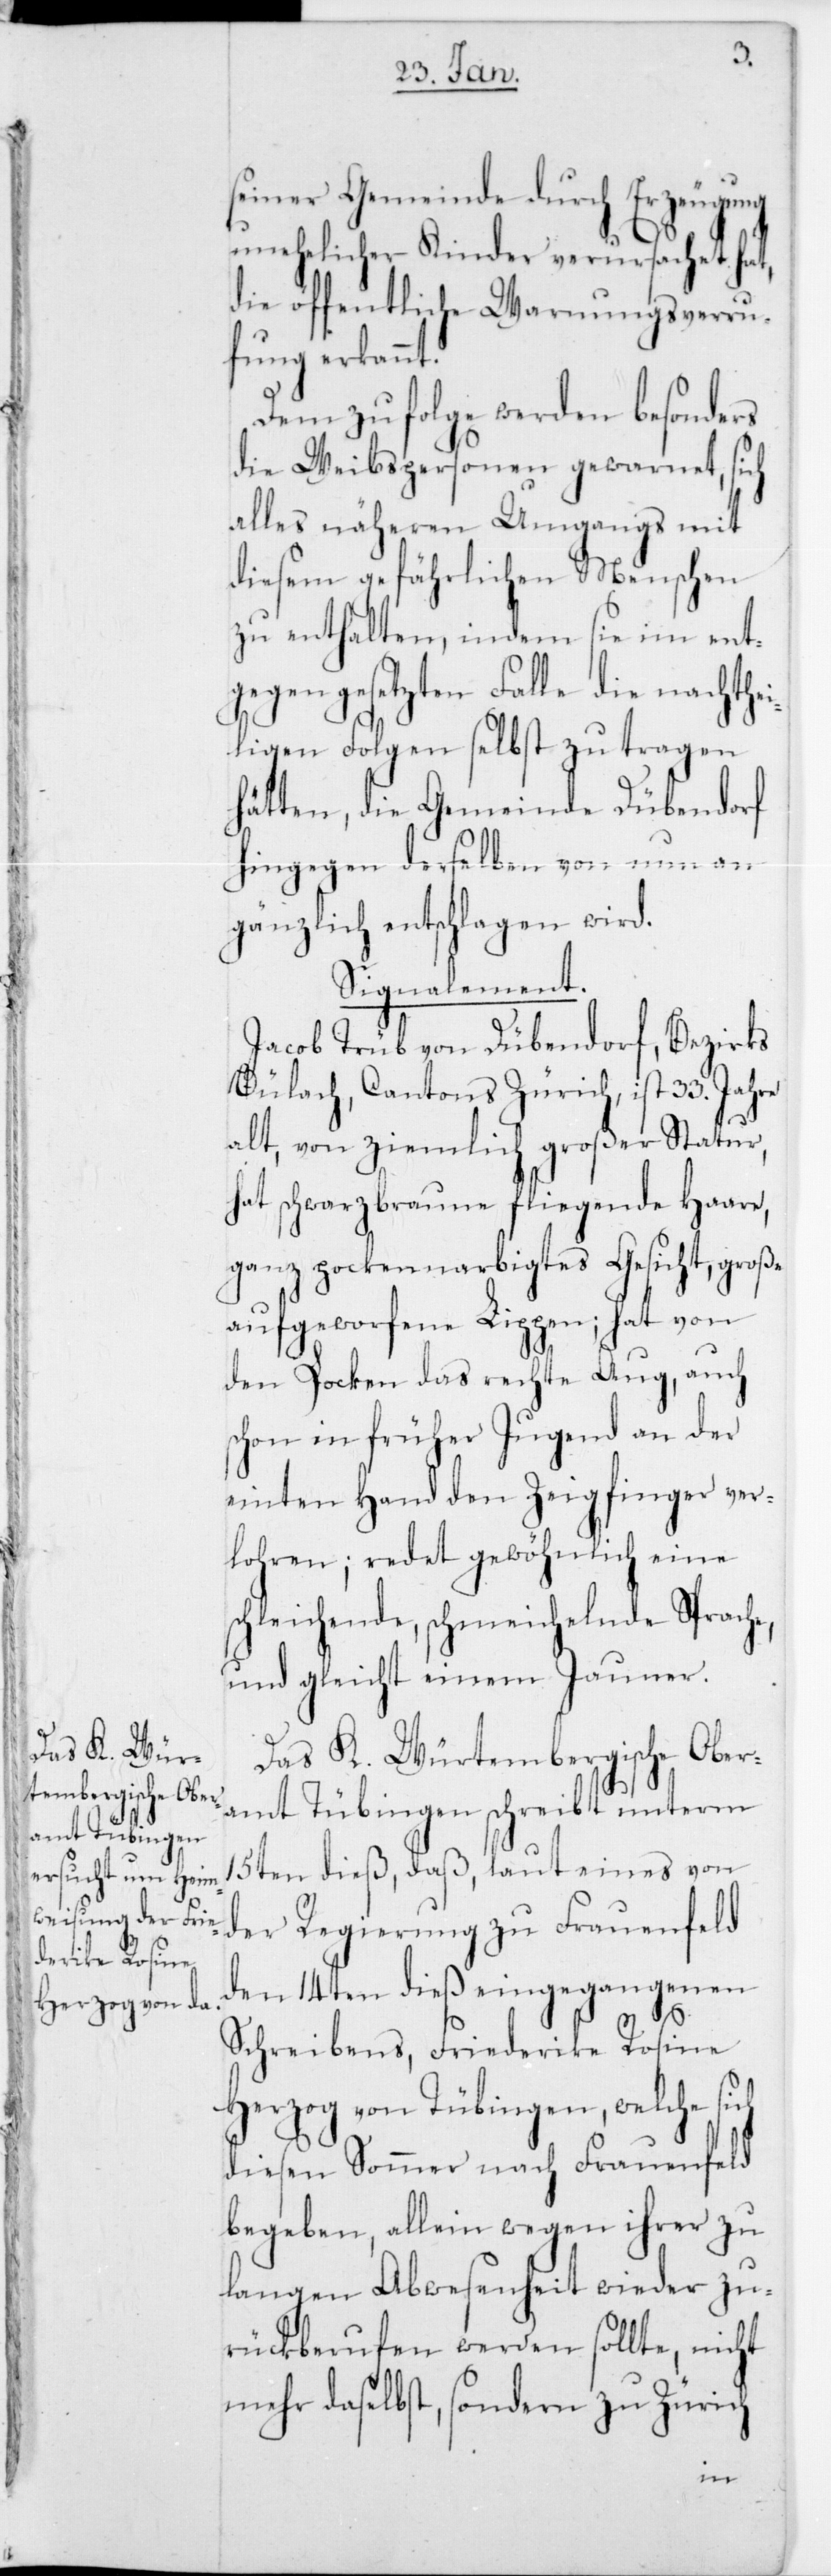
seiner Gemeinde durch Erzeugung
unehelicher Kinder verursachet hat,
die öffentliche Warnungsverru¬
fung erkannt.
Demzufolge werden besonders
die Weibspersonen gewarnet, sich
alles näheren Umgangs mit
diesem gefährlichen Menschen
zu enthalten, indem sie im ent¬
gegengesetzten Falle die nachthei¬
ligen Folgen selbst zu tragen
hätten, die Gemeinde Dübendorf
hingegen derselben von nun an
gänzlich entschlagen wird.
Signalement:
Jacob Trüb von Dübendorf, Bezirks
Bülach Cantons Zürich, ist 33. Jahre
alt, von ziemlich großer Statur,
hat schwarzbraune fliegende Haare,
ganz pockennarbigtes Gesicht, große
aufgeworfene Lippen; hat von
den Pocken das rechte Aug, auch
schon in früher Jugend an der
einten Hand den Zeigfinger ver¬
lohren; redet gewöhnlich eine
schleichende schmeichelnde Sprach¬
und gleicht einem Jauner.
Das K. Würtembergische Ober¬
amt Tübingen schreibt unterm
15ten dieß, daß, laut eines von
der Regierung zu Frauenfeld
den 14ten dieß eingegangenen
Schreibens, Friederike Rosine
Herzog von Tübingen, welche sich
diesen Sommer nach Frauenfeld
begeben, allein wegen ihrer zu
langen Abwesenheit wieder zu¬
rückberufen werden sollte, nicht
mehr daselbst, sondern zu Zürich
e,